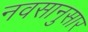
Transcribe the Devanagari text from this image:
नवसानुसार